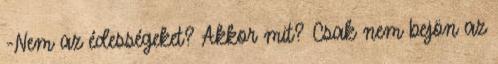
-Nem az édességeket? Akkor mit? Csak nem bejön az